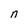
Character: g